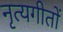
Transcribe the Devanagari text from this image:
नृत्यगीतों